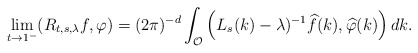
\begin{align*}\lim_{t \rightarrow 1^{-}}(R_{t,s,\lambda}f,\varphi)=(2\pi)^{-d}\int_{\mathcal{O}}\left( L_{s}(k)-\lambda)^{-1}\widehat{f}(k),\widehat{\varphi}(k)\right)dk.\end{align*}